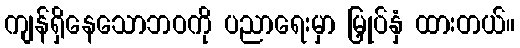
ကျန်ရှိနေသောဘဝကို ပညာရေးမှာ မြှုပ်နှံ ထားတယ်။